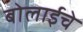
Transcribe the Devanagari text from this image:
बोलाईचे